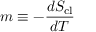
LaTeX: m \equiv - \frac { d S _ { \mathrm { c l } } } { d T }